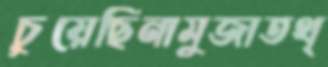
চুয়েছিনামুজাতথ্